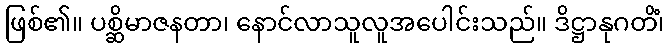
ဖြစ်၏။ ပစ္ဆိမာဇနတာ၊ နောင်လာသူလူအပေါင်းသည်။ ဒိဋ္ဌာနုဂတိံ၊